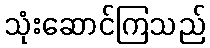
သုံးဆောင်ကြသည်